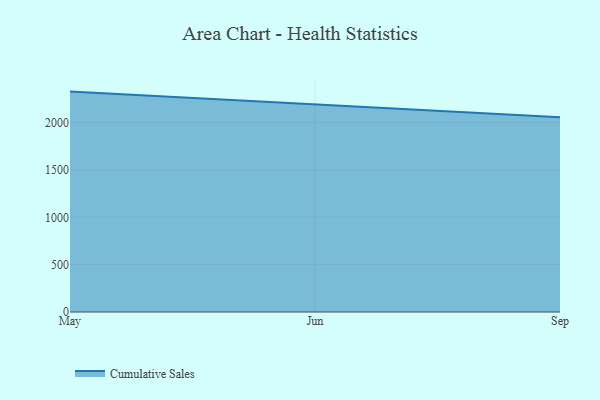
{"axis": {"x": "Month", "y": "Net Income (USD K)"}, "legend": ["Cumulative Sales"], "data": [{"x": "May", "y": 2327.3, "type": "Cumulative Sales"}, {"x": "Jun", "y": 2193.7, "type": "Cumulative Sales"}, {"x": "Sep", "y": 2057.6, "type": "Cumulative Sales"}]}